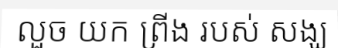
លួច យក ព្រីង របស់ សង្ឃ